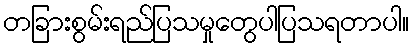
တခြားစွမ်းရည်ပြသမှုတွေပါပြသရတာပါ။